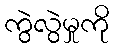
ကွဲလွဲမှုကို